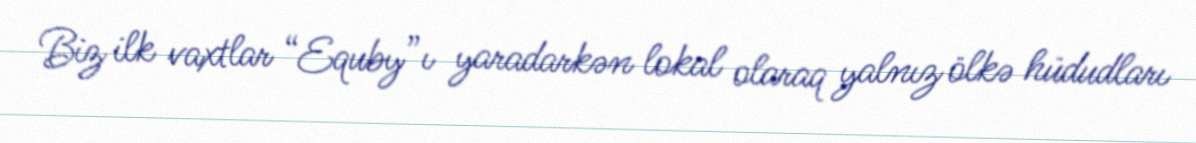
Biz ilk vaxtlar “Equby”ı yaradarkən lokal olaraq yalnız ölkə hüdudları